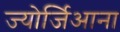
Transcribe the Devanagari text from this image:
ज्योर्जिआना